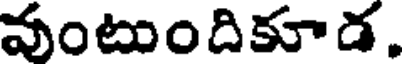
వుంటుందికూడ.